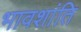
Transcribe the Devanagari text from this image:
भावशांति